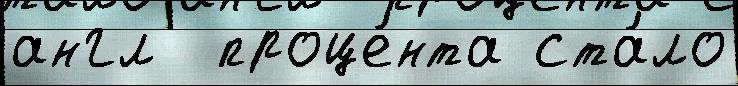
англ  проце́нта ста́ло